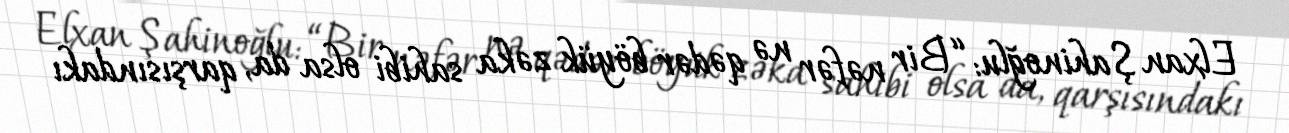
Elxan Şahinoğlu: “Bir nəfər nə qədər böyük zəka sahibi olsa da, qarşısındakı